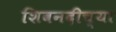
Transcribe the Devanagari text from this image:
शिवनदीच्या